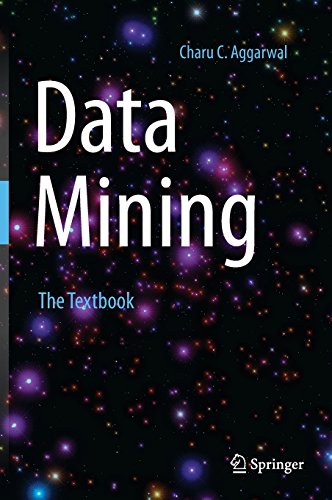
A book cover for Data Mining: The Textbook; Charu Aggarwal; Computers & Technology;